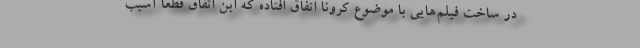
در ساخت فیلم‌هایی با موضوع کرونا اتفاق افتاده که این اتفاق قطعا آسیب